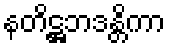
နတိဋ္ဌဘဒန္တိကာ